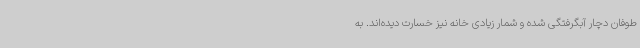
طوفان دچار آبگرفتگی شده و شمار زیادی خانه‌ نیز خسارت دیده‌اند. به